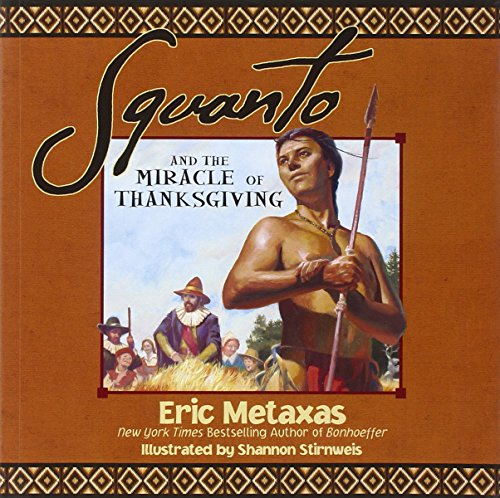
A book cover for Squanto and the Miracle of Thanksgiving; Eric Metaxas; Children's Books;